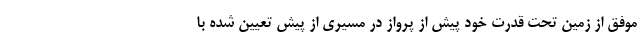
موفق از زمین تحت قدرت خود پیش از پرواز در مسیری از پیش تعیین شده با